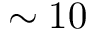
\sim 1 0